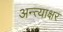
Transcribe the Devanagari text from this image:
अन्त्याक्षर